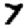
Digit: 7